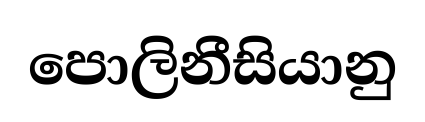
පොලිනීසියානු